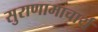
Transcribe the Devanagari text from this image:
सुराणामाचार्य